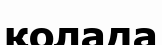
қолада